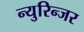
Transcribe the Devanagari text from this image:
न्युरिन्जर